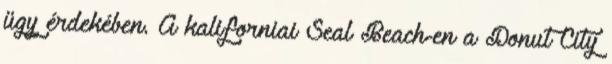
ügy érdekében. A kaliforniai Seal Beach-en a Donut City